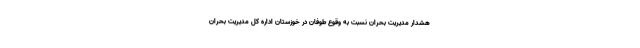
هشدار مدیریت بحران نسبت به وقوع طوفان در خوزستان اداره کل مدیریت بحران